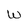
Character: w